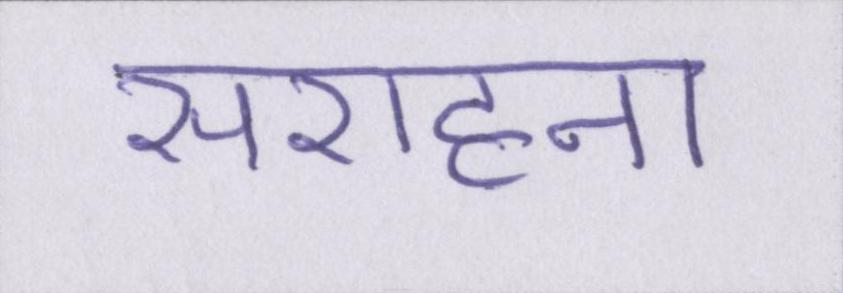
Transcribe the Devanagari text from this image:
सराहना